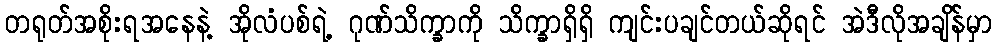
တရုတ်အစိုးရအနေနဲ့ အိုလံပစ်ရဲ့ ဂုဏ်သိက္ခာကို သိက္ခာရှိရှိ ကျင်းပချင်တယ်ဆိုရင် အဲဒီလိုအချိန်မှာ